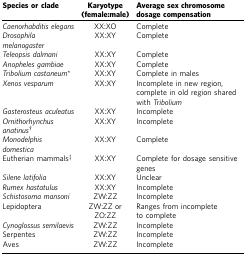
<table><thead><tr><td><b>Species or clade</b></td><td><b>Karyotype (female:male)</b></td><td><b>Average sex chromosome dosage compensation</b></td></tr></thead><tbody><tr><td><i>Caenorhabditis elegans</i></td><td>XX:XO</td><td>Complete</td></tr><tr><td><i>Drosophila melanogaster</i></td><td>XX:XY</td><td>Complete</td></tr><tr><td><i>Teleopsis dalmani</i></td><td>XX:XY</td><td>Complete</td></tr><tr><td><i>Anopheles gambiae</i></td><td>XX:XY</td><td>Complete</td></tr><tr><td><i>Tribolium castaneum</i>*</td><td>XX:XY</td><td>Complete in males</td></tr><tr><td><i>Xenos vesparum</i></td><td>XX:XY</td><td>Incomplete in new region, complete in old region shared with <i>Tribolium</i></td></tr><tr><td><i>Gasterosteus aculeatus</i></td><td>XX:XY</td><td>Incomplete</td></tr><tr><td><i>Ornithorhynchus anatinus</i>†</td><td>XX:XY</td><td>Incomplete</td></tr><tr><td><i>Monodelphis domestica</i></td><td>XX:XY</td><td>Complete</td></tr><tr><td>Eutherian mammals‡</td><td>XX:XY</td><td>Complete for dosage sensitive genes</td></tr><tr><td><i>Silene latifolia</i></td><td>XX:XY</td><td>Unclear</td></tr><tr><td><i>Rumex hastatulus</i></td><td>XX:XY</td><td>Incomplete</td></tr><tr><td><i>Schistosoma mansoni</i></td><td>ZW:ZZ</td><td>Incomplete</td></tr><tr><td>Lepidoptera</td><td>ZW:ZZ or ZO:ZZ</td><td>Ranges from incomplete to complete</td></tr><tr><td><i>Cynoglossus semilaevis</i></td><td>ZW:ZZ</td><td>Incomplete</td></tr><tr><td>Serpentes</td><td>ZW:ZZ</td><td>Incomplete</td></tr><tr><td>Aves</td><td>ZW:ZZ</td><td>Incomplete</td></tr></tbody></table>